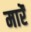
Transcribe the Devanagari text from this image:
मारेंं